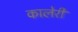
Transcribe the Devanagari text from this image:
कालेरी